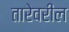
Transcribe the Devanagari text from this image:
तारेवरील